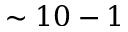
\sim 1 0 - 1